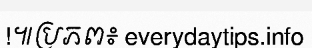
!៕ប្រភព៖ everydaytips.info